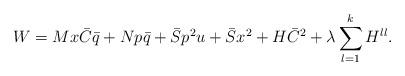
LaTeX: \begin{align*}W = Mx\bar{C}\bar{q} + Np\bar{q} + \bar{S}p^2u + \bar{S}x^2 + H\bar{C}^2 + \lambda\sum_{l=1}^{k}H^{ll}. \end{align*}